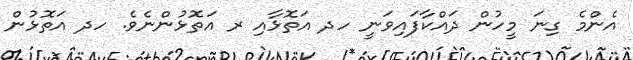
އެންމެ ގިނަ މީހުން ދައްކާފައިވަނީ ހދ އަތޮޅާއި ރ އަތޮޅުންނެވެ. ހދ އަތޮޅުން